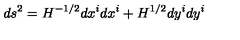
d s ^ { 2 } = H ^ { - 1 / 2 } d x ^ { i } d x ^ { i } + H ^ { 1 / 2 } d y ^ { i } d y ^ { i }